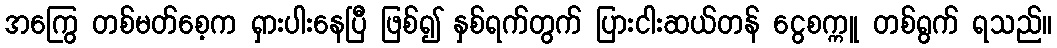
အကြွေ တစ်မတ်စေ့က ရှားပါးနေပြီ ဖြစ်၍ နှစ်ရက်တွက် ပြားငါးဆယ်တန် ငွေစက္ကူ တစ်ရွက် ရသည်။